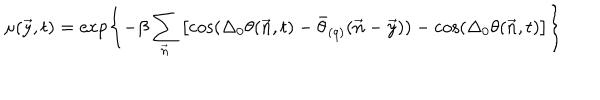
\mu ( \vec { y } , t ) = \exp \left\{ - \beta \sum _ { \vec { n } } \left[ \cos ( \Delta _ { 0 } \theta ( \vec { n } , t ) - \bar { \theta } _ { ( q ) } ( \vec { n } - \vec { y } ) ) - \cos ( \Delta _ { 0 } \theta ( \vec { n } , t ) \right] \right\}